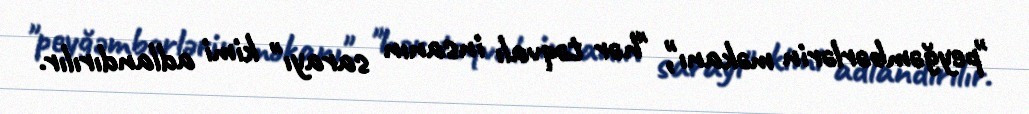
"peyğəmbərlərin məkanı"‚ "hər təqvalı insanın sarayı" kimi adlandırılır.